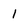
Character: 1